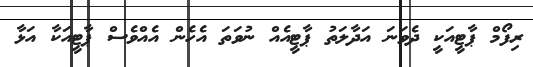
ރިފޯމް ޕާޓީއަކީ ދެވަނަ އަދާލަތު ޕާޓީއެއް ނުވަތަ އެހެން އެއްވެސް ޕާޓީއަކާ އަޅާ